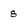
Character: 8